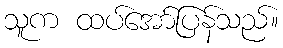
သူက ထပ်အော်ပြန်သည်။